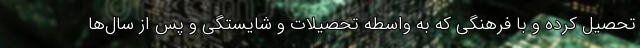
تحصیل کرده‌ و با فرهنگی که به واسطه تحصیلات و شایستگی و پس از سال‌ها